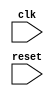
module behavioral_modeling (
    input wire clk,
    input wire reset,
    // other input and output ports
);

// declaration of internal signals and registers
reg [7:0] data_reg;

always @ (negedge clk) begin
    // statements for functionality of the circuit or module
    if (reset) begin
        // reset values for internal signals and registers
        data_reg <= 8'b00000000;
    end else begin
        // operations triggered by the falling edge of the clock signal
        // code for functionality
    end
end

// other code for the design

endmodule